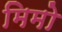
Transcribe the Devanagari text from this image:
मिमो